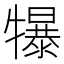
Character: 犦